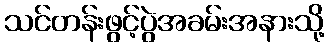
သင်တန်းဖွင့်ပွဲအခမ်းအနားသို့